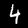
Digit: 4